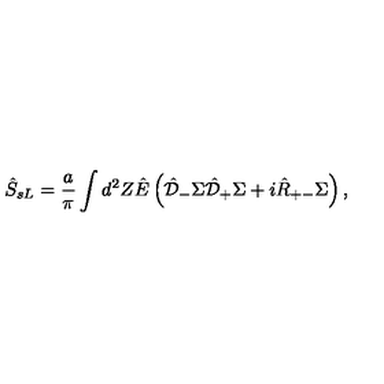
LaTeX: \hat { S } _ { s L } = \frac { a } { \pi } \int d ^ { 2 } Z \hat { E } \left( \hat { \cal D } _ { - } \Sigma \hat { \cal D } _ { + } \Sigma + i \hat { R } _ { + - } \Sigma \right) ,